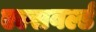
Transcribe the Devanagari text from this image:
एल्सवर्ल्ड